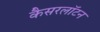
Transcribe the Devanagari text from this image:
कैसरलॉटन